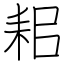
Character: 耜